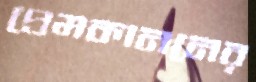
প্রেমকাননের